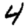
Digit: 4